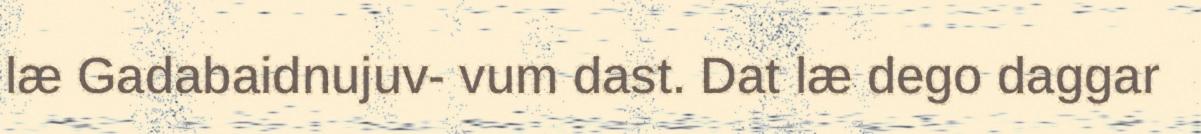
læ Gadabaidnujuv- vum dast. Dat læ dego daggar